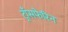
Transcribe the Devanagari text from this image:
ट्राँसफेरिन